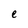
Character: e